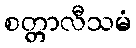
စတ္တာလီသမံ